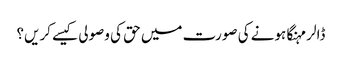
ڈالر مہنگا ہونے کی صورت میں حق کی وصولی کیسے کریں؟